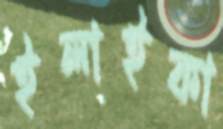
ইলাইকা